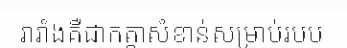
រារាំងគឺជាកត្តាសំខាន់សម្រាប់របប